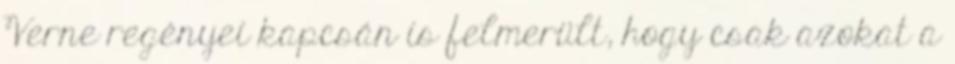
Verne regényei kapcsán is felmerült, hogy csak azokat a